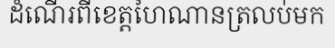
ដំណើរពីខេត្តហៃណានត្រលប់មក